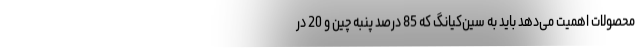
محصولات اهمیت می‌دهد باید به سین‌کیانگ که 85 درصد پنبه چین و 20 در